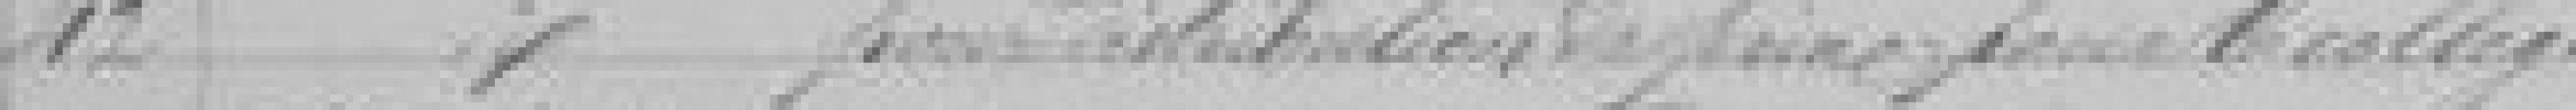
42. Supplément pour Restitution??? de prime pour le Collège.